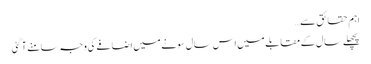
اہم حقائق سے…
پچھلے سال کے مقابلے میں اس سال سونے میں اضافے کی وجہ سامنے آگئی